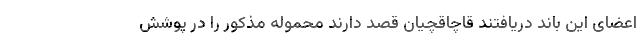
اعضای این باند دریافتند قاچاقچیان قصد دارند محموله مذکور را در پوشش